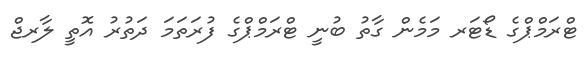
ޓްރަމްޕްގެ ޑޯޓަރ މަމެން ގާތު ބުނީ ޓްރަމްޕްގެ ފުރަތަމަ ދަތުރު އޮތީ ލާރޖް